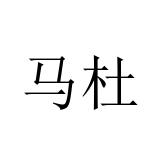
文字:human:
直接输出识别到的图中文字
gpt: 马杜